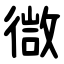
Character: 㣲